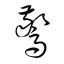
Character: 驚